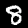
Digit: 8